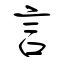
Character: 言